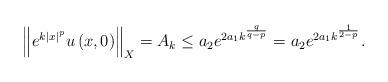
LaTeX: \begin{align*}\left\Vert e^{k\left\vert x\right\vert ^{p}}u\left( x,0\right) \right\Vert_{X}=A_{k}\leq a_{2}e^{2a_{1}k^{\frac{q}{q-p}}}=a_{2}e^{2a_{1}k^{\frac{1}{2-p}}}. \end{align*}